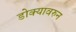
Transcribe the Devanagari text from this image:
डोक्यावरुन